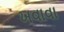
ખવાવા